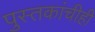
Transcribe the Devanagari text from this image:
पुस्तकांचीही